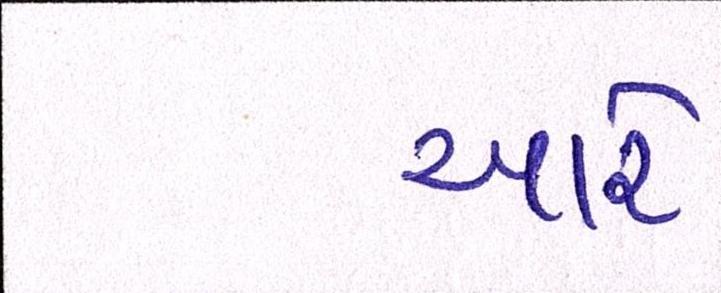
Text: આરે